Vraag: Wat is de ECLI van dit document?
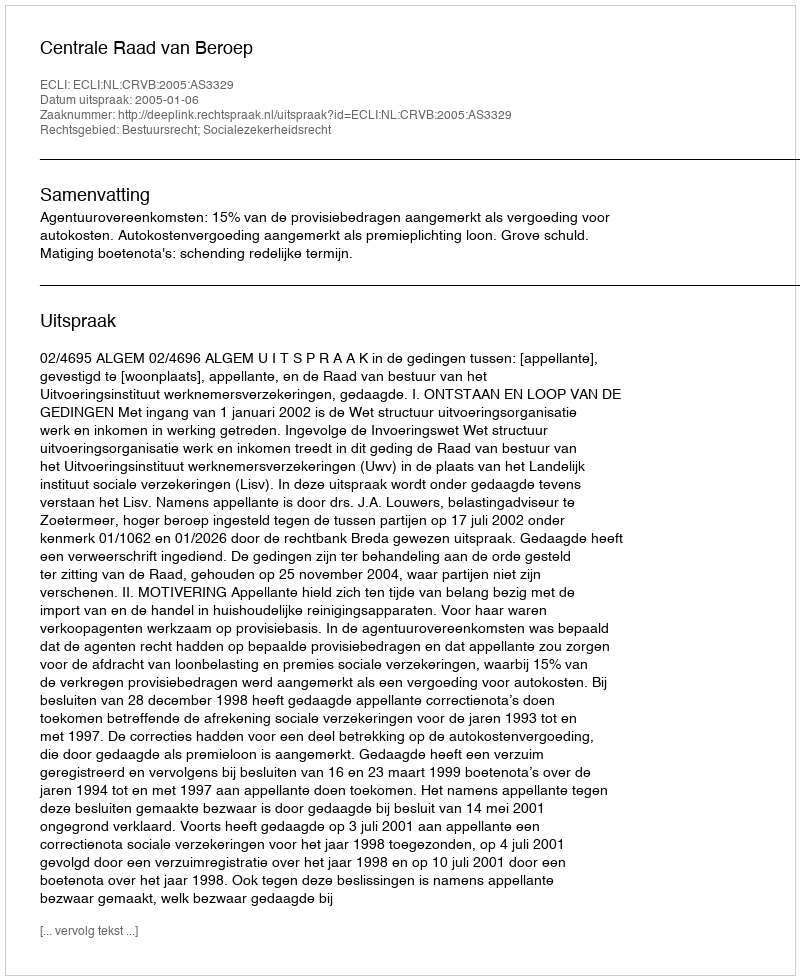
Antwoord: ECLI:NL:CRVB:2005:AS3329